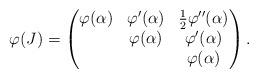
LaTeX: \begin{align*} \varphi(J)=\begin{pmatrix}\varphi(\alpha) & \varphi'(\alpha) & \frac{1}{2} \varphi''(\alpha) \\ & \varphi(\alpha) & \varphi'(\alpha)\\ & & \varphi(\alpha)\end{pmatrix}.\end{align*}